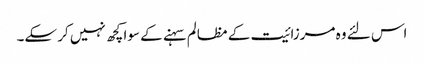
اس لئے وہ مرزائیت کے مظالم سہنے کے سوا کچھ نہیں کر سکے۔